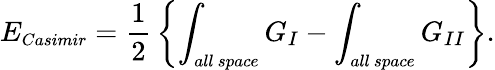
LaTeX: E_{\small Casimir}={\frac{1}{2}}\left\{ \int_{\small all~space}G_{I}-\int_{\small all~space}G_{II}\right\} .